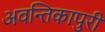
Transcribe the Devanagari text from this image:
अवन्तिकापुरी